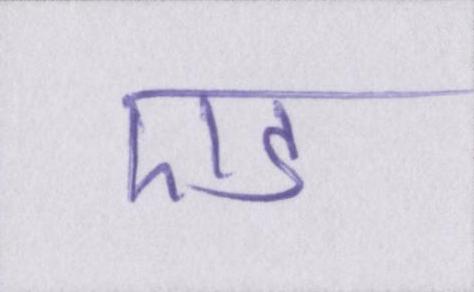
एड